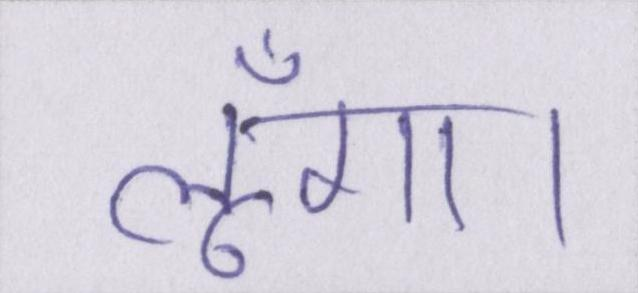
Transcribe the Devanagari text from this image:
लूँगा।